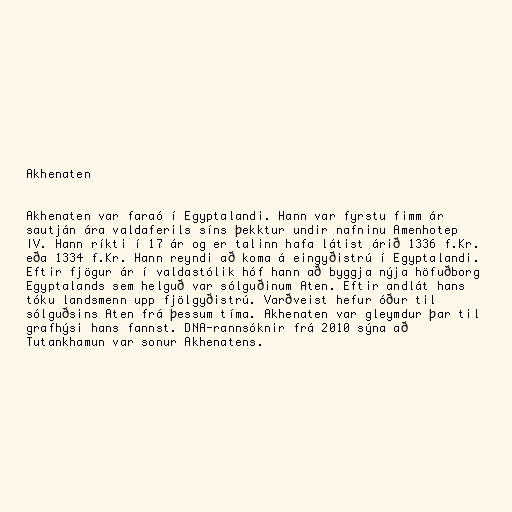
Akhenaten

Akhenaten var faraó í Egyptalandi. Hann var fyrstu fimm ár
sautján ára valdaferils síns þekktur undir nafninu Amenhotep
IV. Hann ríkti í 17 ár og er talinn hafa látist árið 1336 f.Kr.
eða 1334 f.Kr. Hann reyndi að koma á eingyðistrú í Egyptalandi.
Eftir fjögur ár í valdastólik hóf hann að byggja nýja höfuðborg
Egyptalands sem helguð var sólguðinum Aten. Eftir andlát hans
tóku landsmenn upp fjölgyðistrú. Varðveist hefur óður til
sólguðsins Aten frá þessum tíma. Akhenaten var gleymdur þar til
grafhýsi hans fannst. DNA-rannsóknir frá 2010 sýna að
Tutankhamun var sonur Akhenatens.